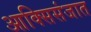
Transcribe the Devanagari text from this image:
आक्सिसंजात